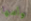
وأمها